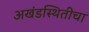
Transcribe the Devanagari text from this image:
अखंडस्थितीचा